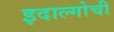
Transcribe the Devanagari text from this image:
इदाल्गोची